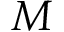
M